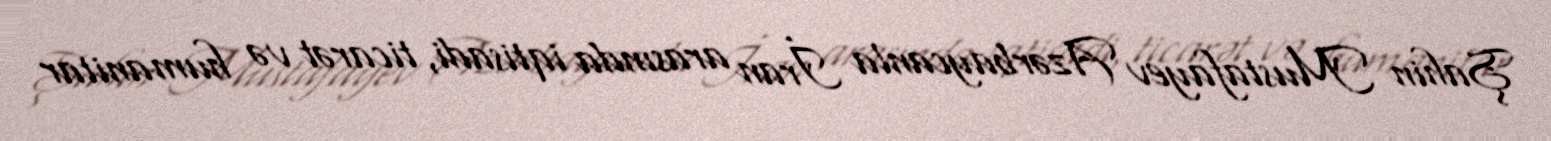
Şahin Mustafayev Azərbaycanla İran arasında iqtisadi, ticarət və humanitar